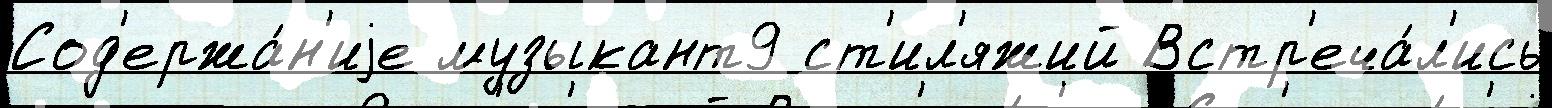
Сод'ержа́н'иjе музыкант9 ст'ил'яжий Встр'еча́л'ись